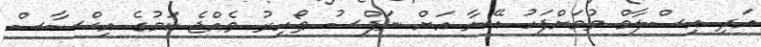
އަދި އިސްލާމް ވުމަށްފަހު އޭނާ އަށް ނަފްސު ޠޯހިރު ވެއްޖެ ކަމުގެ އިޙްސާސް